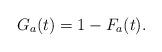
LaTeX: \begin{align*}G_a(t)= 1-F_a(t).\end{align*}